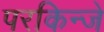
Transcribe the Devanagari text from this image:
परकिन्जे